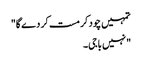
تمہیں چود کر مست کر دے گا"
"نہیں باجی۔